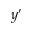
y ^ { \prime }